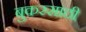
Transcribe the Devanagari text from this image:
बुकरसाठी